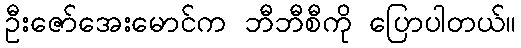
ဦးဇော်အေးမောင်က ဘီဘီစီကို ပြောပါတယ်။